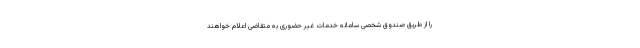
را از طریق صندوق شخصی سامانه خدمات غیر حضوری به متقاضی اعلام خواهند